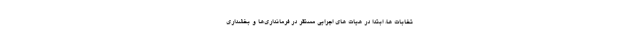
تخابات ها، ابتدا در هیات های اجرایی مستقر در فرمانداری‌ها و بخشداری